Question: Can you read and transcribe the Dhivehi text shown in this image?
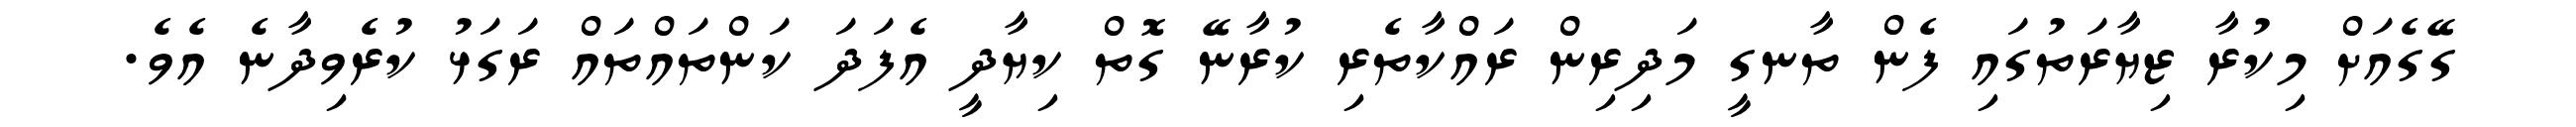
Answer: ގޭގެއަށް މިކުރާ ޒިޔާރަތުގައި ފެން ތާނގީ މަދިރިން ރައްކާތެރި ކުރާނޭ ގޮތް ކިޔާދީ އެފަދަ ކަންތައްތައް ރަގަޅު ކުރެވިދާނެ އެވެ.